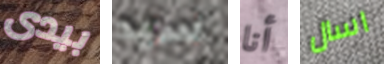
بيدى سيد أنا اسال